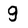
Character: g